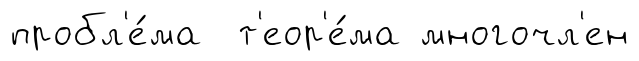
пробл'е́ма т'еор'е́ма многочл'ен